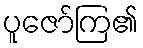
ပူဇော်ကြ၏